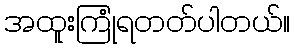
အထူးကြုံရတတ်ပါတယ်။